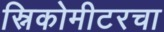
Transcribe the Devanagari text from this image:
स्निकोमीटरचा